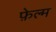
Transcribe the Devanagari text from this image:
फ़ेल्म